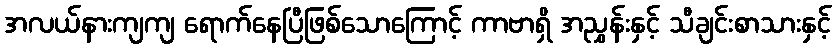
အလယ်နားကျကျ ရောက်နေပြီဖြစ်သောကြောင့် ကာဗာရှိ အညွှန်းနှင့် သီချင်းစာသားနှင့်